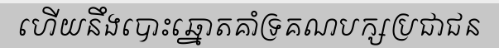
ហើយនឹងបោះឆ្នោតគាំទ្រគណបក្សប្រជាជន